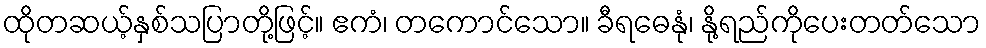
ထိုတဆယ့်နှစ်သပြာတို့ဖြင့်။ ဧကံ၊ တကောင်သော။ ခီရဓေနုံ၊ နို့ရည်ကိုပေးတတ်သော